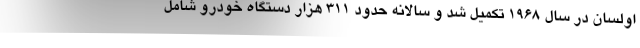
اولسان در سال 1968 تکمیل شد و سالانه حدود 311 هزار دستگاه خودرو شامل